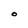
Character: O